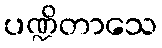
ပဏ္ဍိတာသေ